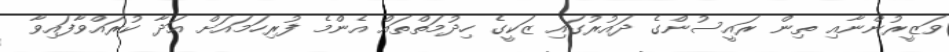
ވަޒީރުންނާއި ތިން ރައީސުންގެ ދައުރުގައި ޒަކީގެ ހިދުމަތްތައް އެންމެ ފުރިހަމައަށް އަދާ ކުރައްވާފައިވާ